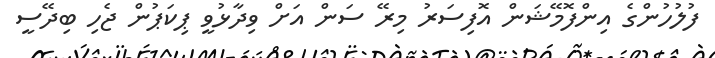
ފުލުހުންގެ އިންފޮމޭޝަން އޮފިސަރު މިރޭ ސަން އަށް ވިދާޅުވީ ޕިކަޕުން ޖެހި ބިދޭސީ